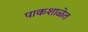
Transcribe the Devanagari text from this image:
पाकशाळेत